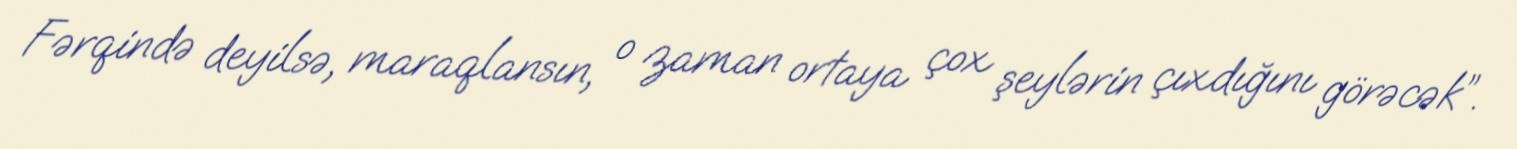
Fərqində deyilsə, maraqlansın, o zaman ortaya çox şeylərin çıxdığını görəcək”.